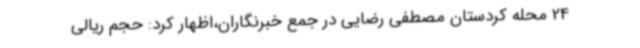
24 محله کردستان مصطفی رضایی در جمع خبرنگاران،اظهار کرد: حجم ریالی